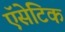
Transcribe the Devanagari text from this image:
ऍसेटिक